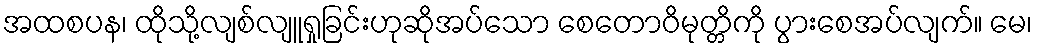
အထစပန၊ ထိုသို့လျစ်လျူရှုခြင်းဟုဆိုအပ်သော စေတောဝိမုတ္တိကို ပွားစေအပ်လျက်။ မေ၊